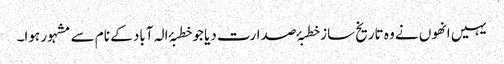
یہیں انھوں نے وہ تاریخ ساز خطبۂ صدارت دیا جو خطبۂ الہ آباد کے نام سے مشہور ہوا۔